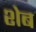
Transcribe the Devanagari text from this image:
शेब